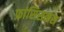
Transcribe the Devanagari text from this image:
फ्रांसिसकस